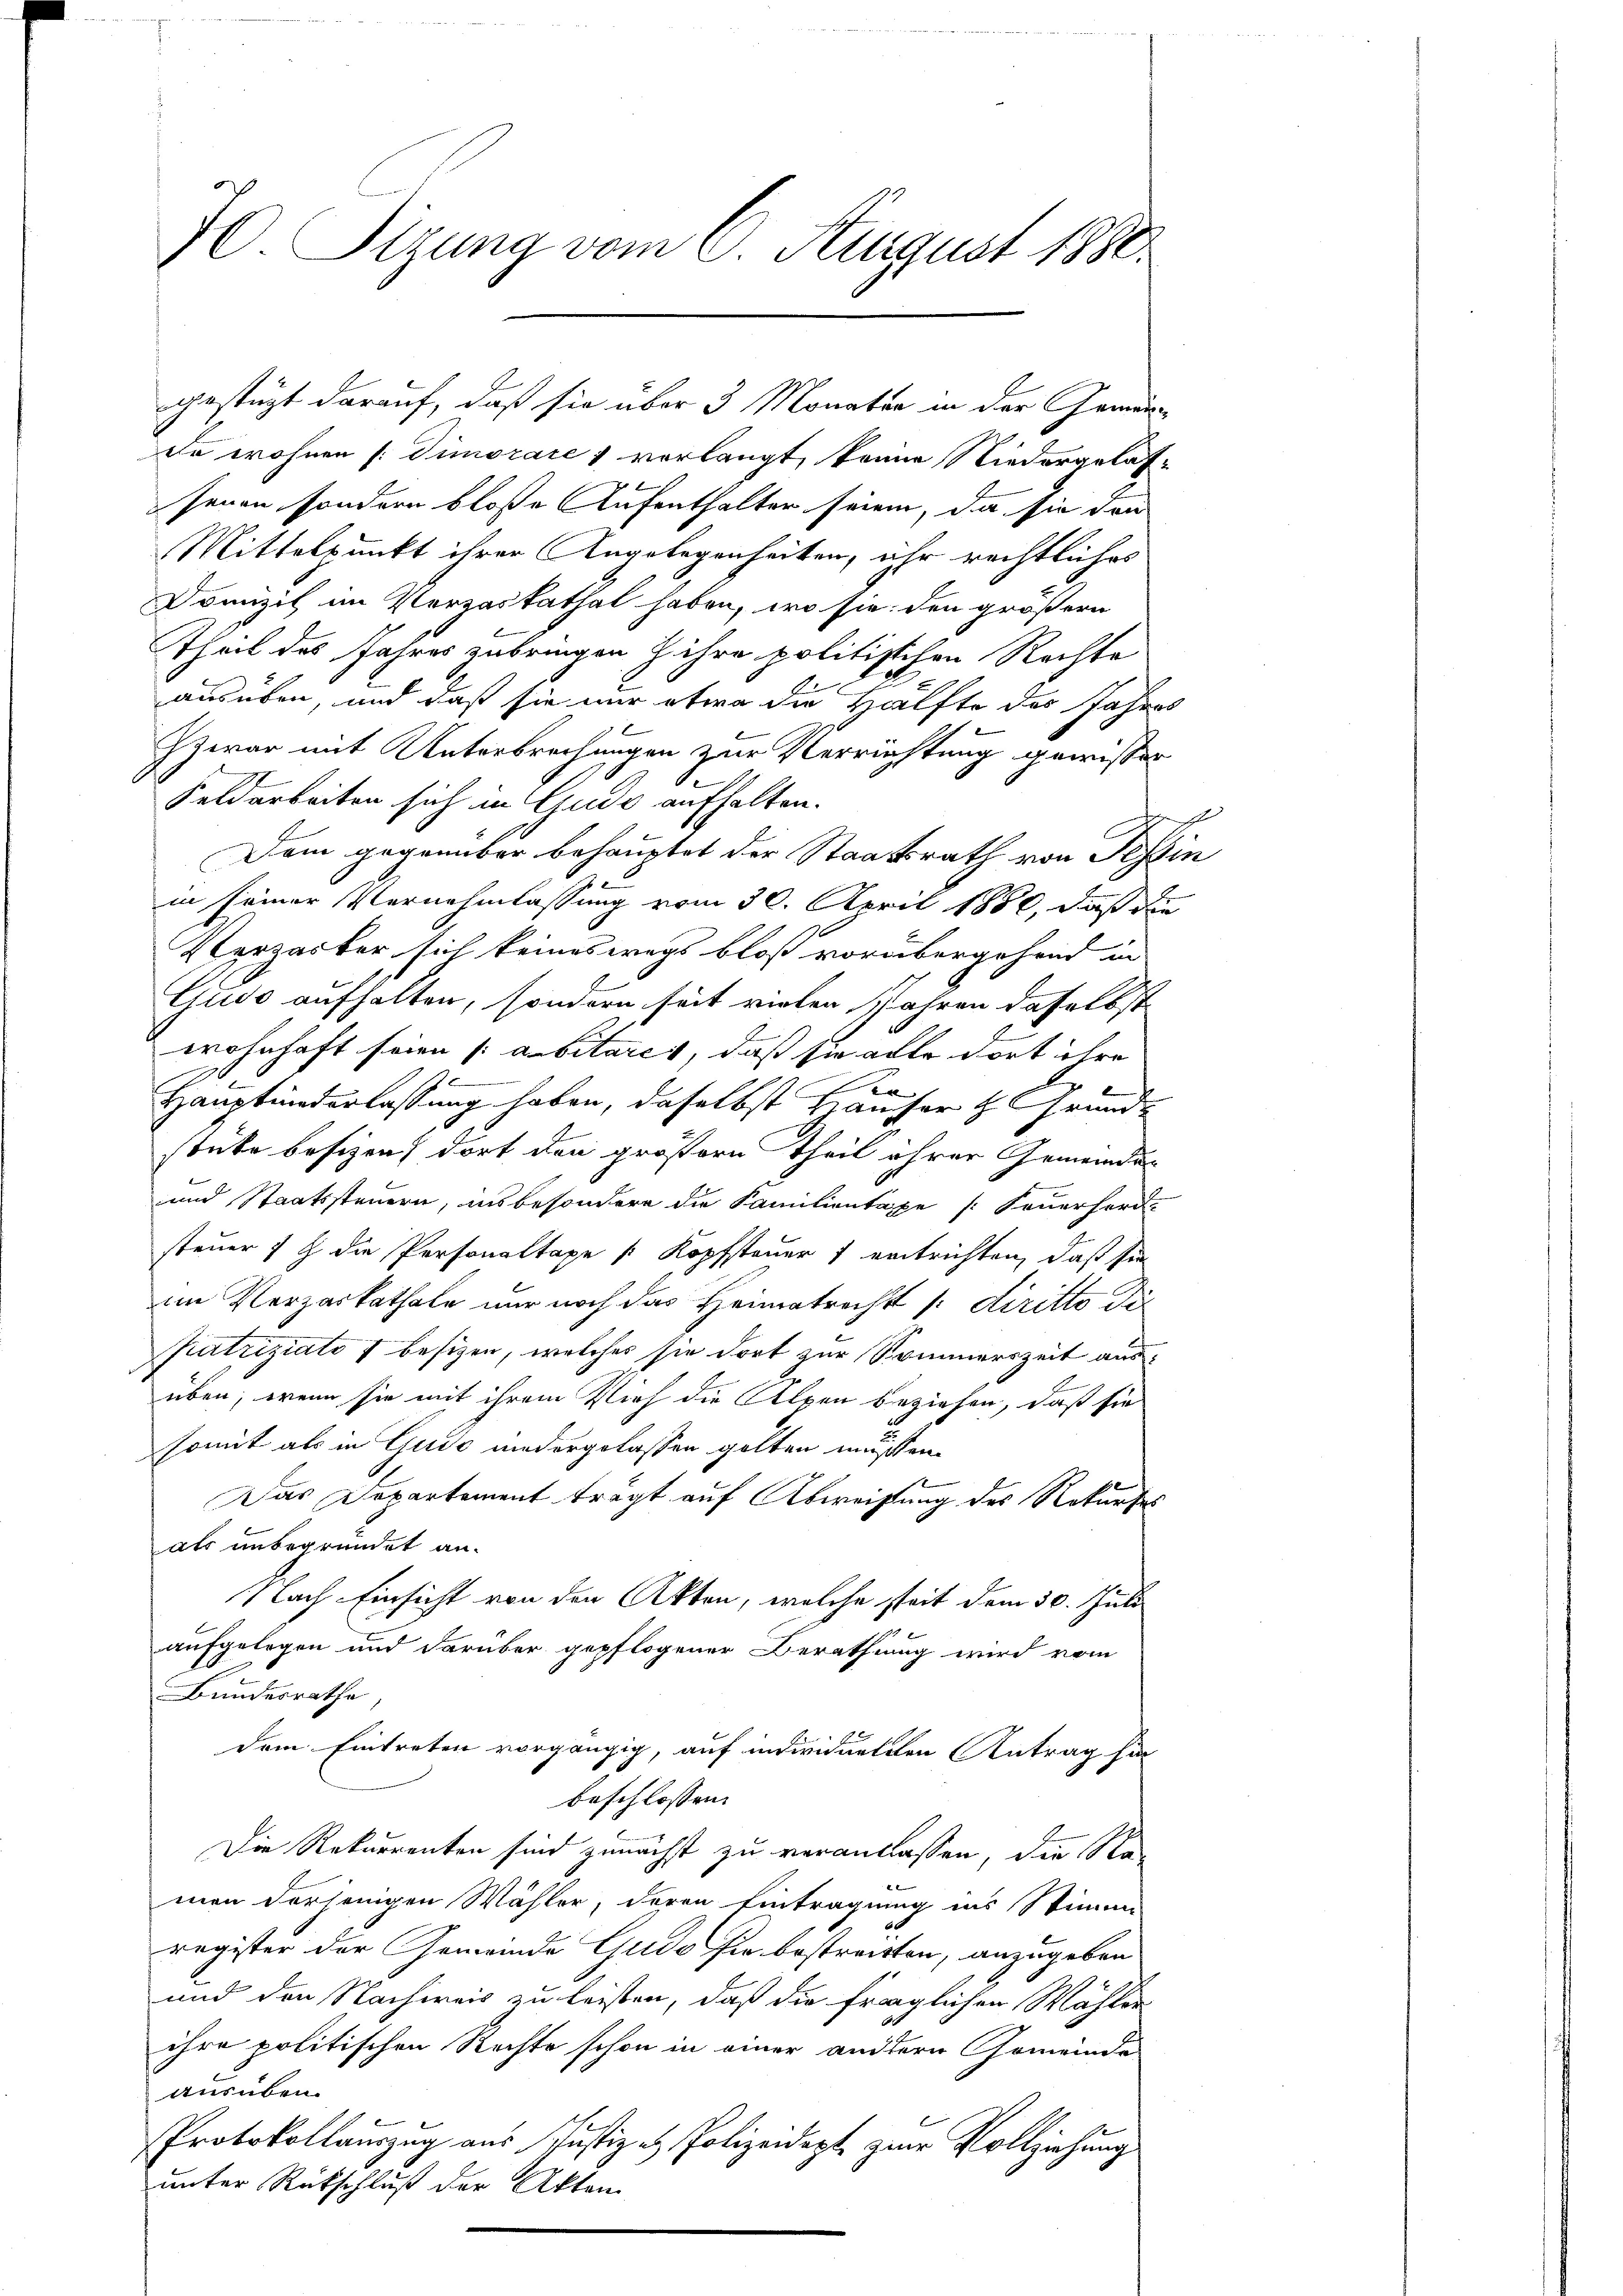
70. Sitzung vom 6. August 1880.

de wohnen (: Simorare & verlangt, keine Niedergelassenen sondern bloße Aufenthalter seien, da sie dri
Mittelpunkt ihrer Angelegenheiten, ihr rechtliches
Domizil im Verzaskathal haben, wo sie den größern
Theil des Jahres zubringen Jahre politischen Rechte
ausüben, und daß sie nur etwa die Hälfte des Jahres
Zzwar mit Unterbrechungen zur Verrichtung gewisser
Feldarbeiten sich in Gude aufhalten.
Dem gegenüber behauptet der Staatsrath von Tessin
in seiner Vernehmlassung vom 30. April 1880, daß die
Verzarter sich keineswegs bloß vorübergehend in
Guido aufhalten, sondern seit vielen Jahren daselbst
wohnhaft seien [abitares, dass sie alle dort ihre
k
r
Hauptwiederlassung haben, daselbst Hauser H. Grund-
stüke besizen dort den größern Theil ihrer Gemeinde
und Staatssteuern, insbesondere die Familientaxe [Feuerherd-
steuer   die Personaltaxe [Kopfsteuer 1 entrichten, daß sie
im Verparkathale nur noch das Heimatrecht /: diritto die
patziziato besizen, welches sie dort zur Sommerszeit ausüben, wenn sie mit ihrem Vieh die Alpen beziehen, daß sie
somit als in Gude niedergelassen gelten müssen.
2
Das Departement trägt auf Abweistung des Rekurses
als unbegründet an.
Nach Einsicht von den Akten, welche steit dem 30. Juli
aufgelegen und darüber gepflogener Berathung wird vom
Bundesrathe
dem Eintreten vorgängig, auf individuetten Antrag für
beschlossen:
Die Rekurrenten sind zunächst zu veranlassen, die Na-
men derjenigen Wähler, deren Eintragung ins Stimme
register der Gemeinde Gudo sie bestreckten, anzugeben
und den Nachweis zu leisten, daß die fraglichen Wähler
ihre politischen Rechte schon in einer andern Gemeinde
ausüben.
Protokollauszug aus Justiz es Polizeidept zur Vollziehung
unter Rückschluß der Akten

gestüzt darauf, daß sie über 3 Monater in der Gemein¬